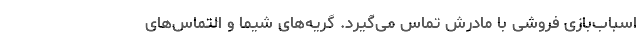
اسباب‌بازی فروشی با مادرش تماس می‌گیرد. گریه‌های شیما و التماس‌های